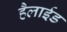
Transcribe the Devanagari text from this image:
हैलाईड